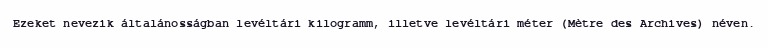
Ezeket nevezik általánosságban levéltári kilogramm, illetve levéltári méter (Mètre des Archives) néven.